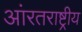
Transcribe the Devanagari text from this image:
आंरतराष्ट्रीय